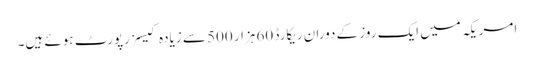
امریکہ میں ایک روز کے دوران ریکارڈ 60 ہزار 500 سے زیادہ کیسز رپورٹ ہوئے ہیں۔